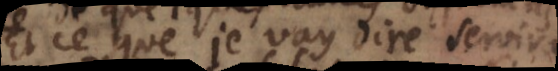
Et ce que je vay dire servira